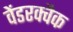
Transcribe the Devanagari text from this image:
वेंडरक्वैक